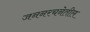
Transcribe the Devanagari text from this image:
जननरचनेतील